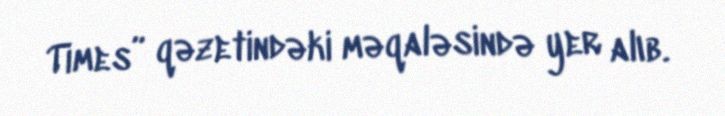
Times” qəzetindəki məqaləsində yer alıb.